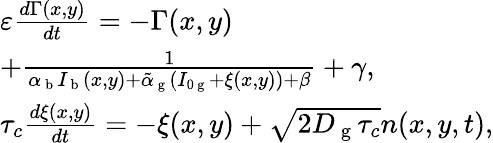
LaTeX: \begin{array}{l}{\varepsilon\frac{d\Gamma(x,y)}{dt}=-\Gamma(x,y)}\\ {+\frac{1}{\alpha_{\mathrm{~b~}}I_{\mathrm{~b~}}(x,y)+\tilde{\alpha}_{\mathrm{~g~}}(I_{0\mathrm{~g~}}+\xi(x,y))+\beta}+\gamma,}\\ {\tau_{c}\frac{d\xi(x,y)}{dt}=-\xi(x,y)+\sqrt{2D_{\mathrm{~g~}}\tau_{c}}n(x,y,t),}\end{array}